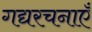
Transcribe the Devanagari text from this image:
गद्यरचनाएँ